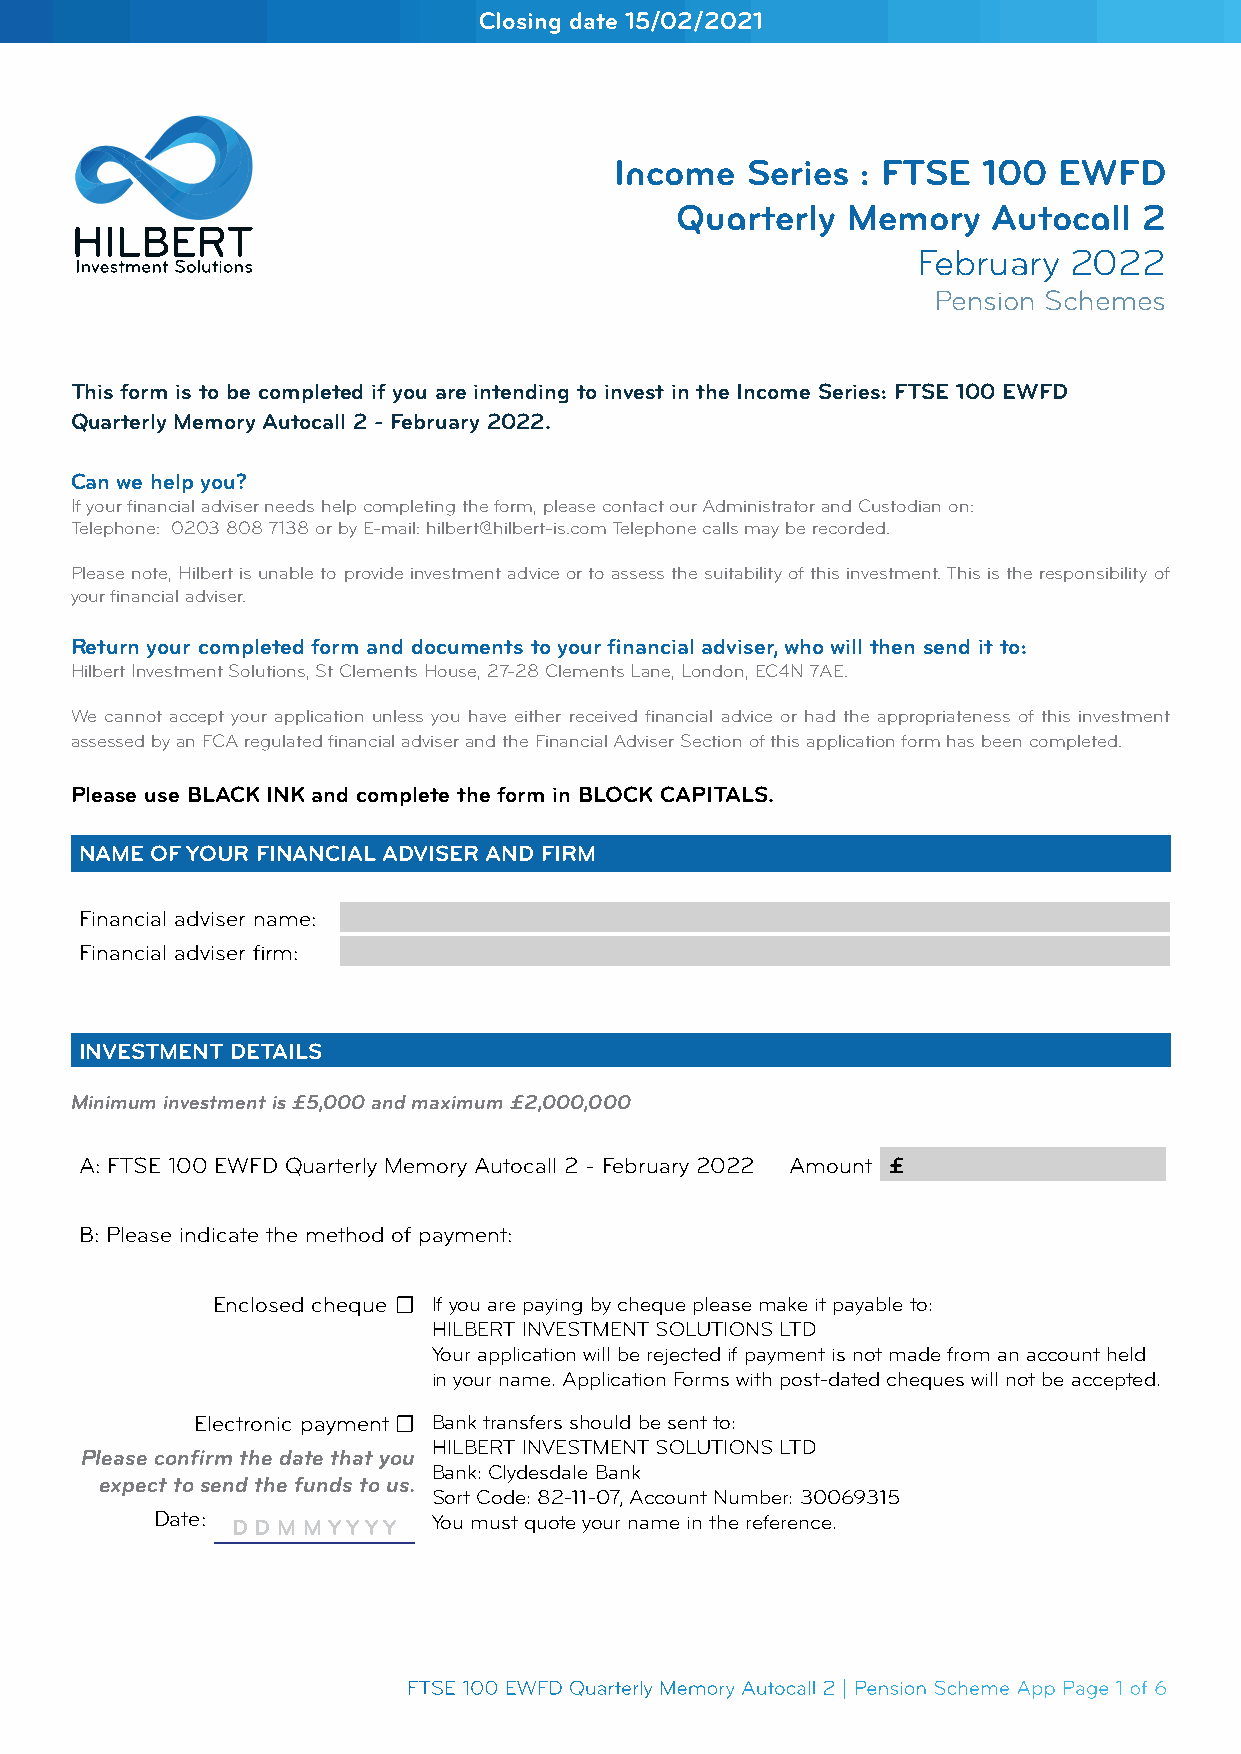
Closing date 15/02/2021
 Income  Series  : FTSE  100  EWFD
 Quarterly  Memory    Autocall  2
 February  2022
 Pension Schemes
 This form is to be completed if you are intending to invest in the Income Series: FTSE 100 EWFD
 Quarterly Memory Autocall 2 - February 2022.
 Can we help you?
 If your financial adviser needs help completing the form, please contact our Administrator and Custodian on:
 Telephone: 0203 808 7138 or by E-mail: hilbert@hilbert-is.com Telephone calls may be recorded.
 Please note, Hilbert is unable to provide investment advice or to assess the suitability of this investment. This is the responsibility of
 your financial adviser.
 Return your completed form and documents to your financial adviser, who will then send it to:
 Hilbert Investment Solutions, St Clements House, 27-28 Clements Lane, London, EC4N 7AE.
 We cannot accept your application unless you have either received financial advice or had the appropriateness of this investment
 assessed by an FCA regulated financial adviser and the Financial Adviser Section of this application form has been completed.
 Please use BLACK INK and complete the form in BLOCK CAPITALS.
 NAME OF YOUR FINANCIAL ADVISER AND FIRM
 Financial adviser name:
 Financial adviser firm:
 INVESTMENT DETAILS
 Minimum investment is £5,000 and maximum £2,000,000
 A: FTSE 100 EWFD Quarterly Memory Autocall 2 - February 2022 Amount £
 B: Please indicate the method of payment:
 Enclosed cheque ☐ If you are paying by cheque please make it payable to:
 HILBERT INVESTMENT SOLUTIONS LTD
 Your application will be rejected if payment is not made from an account held
 in your name. Application Forms with post-dated cheques will not be accepted.
 Electronic payment ☐ Bank transfers should be sent to:
 HILBERT INVESTMENT SOLUTIONS LTD
 Please confirm the date that you
 Bank: Clydesdale Bank
 expect to send the funds to us.
 Sort Code: 82-11-07, Account Number: 30069315
 Date: D D M M Y Y Y Y You must quote your name in the reference.
 FTSE 100 EWFD Quarterly Memory Autocall 2 | Pension Scheme App Page 1 of 6